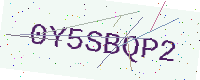
Text: 0Y5SBQP2